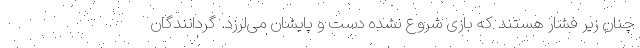
چنان زیر فشار هستند که بازی شروع نشده دست و پایشان می‌لرزد. گردانندگان